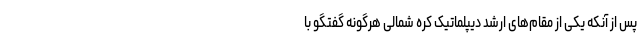
پس از آنکه یکی از مقام‌های ارشد دیپلماتیک کره شمالی هرگونه گفتگو با